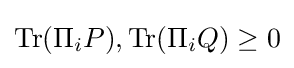
\operatorname {Tr} (\Pi _{i}P),\operatorname {Tr} (\Pi _{i}Q)\geq 0